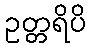
ဥတ္တရိပိ